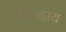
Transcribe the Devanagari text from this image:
उपेन्द्राय